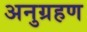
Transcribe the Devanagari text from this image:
अनुग्रहण